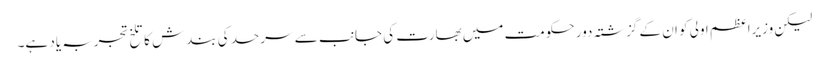
لیکن وزیراعظم اولی کو ان کے گزشتہ دور حکومت میں بھارت کی جانب سے سرحد کی بندش کا تلخ تجربہ یاد ہے۔